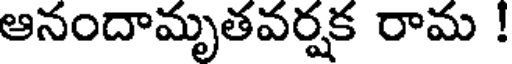
ఆనందామృతవర్షక రామ !